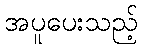
အပူပေးသည့်